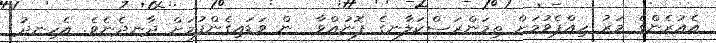
އެއުރެންގެ މަރު ހިއްޕެވުމަށް ތިމަންރަސްކަލާނގެ ފޮނުއްވާ  ން ވަޑައިގެންފުމަށް ދާނދެނެވެ. އެހިނދު